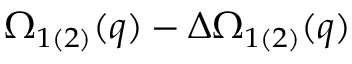
\Omega _ { 1 ( 2 ) } ( q ) - \Delta \Omega _ { 1 ( 2 ) } ( q )